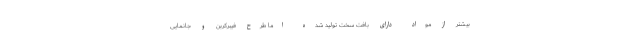
بیشتر از مواد دارای بافت سخت تولید شده اما طرح فیبرکربن و جانمایی